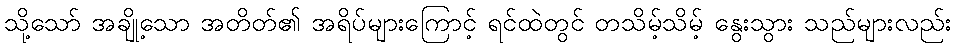
သို့သော် အချို့သော အတိတ်၏ အရိပ်များကြောင့် ရင်ထဲတွင် တသိမ့်သိမ့် နွေးသွား သည်များလည်း